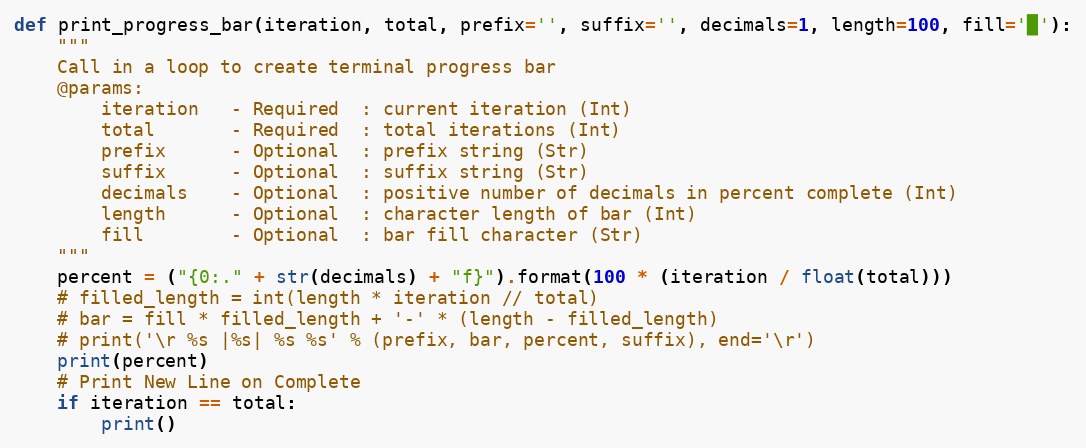
Language: Python
def print_progress_bar(iteration, total, prefix='', suffix='', decimals=1, length=100, fill='█'):
    """
    Call in a loop to create terminal progress bar
    @params:
        iteration   - Required  : current iteration (Int)
        total       - Required  : total iterations (Int)
        prefix      - Optional  : prefix string (Str)
        suffix      - Optional  : suffix string (Str)
        decimals    - Optional  : positive number of decimals in percent complete (Int)
        length      - Optional  : character length of bar (Int)
        fill        - Optional  : bar fill character (Str)
    """
    percent = ("{0:." + str(decimals) + "f}").format(100 * (iteration / float(total)))
    # filled_length = int(length * iteration // total)
    # bar = fill * filled_length + '-' * (length - filled_length)
    # print('\r %s |%s| %s %s' % (prefix, bar, percent, suffix), end='\r')
    print(percent)
    # Print New Line on Complete
    if iteration == total:
        print()